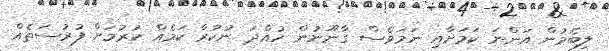
ލިބެމުން އަންނަ ކަމަށާއި ނަމަވެސް ގާނޫނުން ހުއްދަ ނުކުރާ ކަމެއް ކުރުމަށް ފުރުސަތެއް